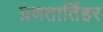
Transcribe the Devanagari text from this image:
प्रणतार्तिहर